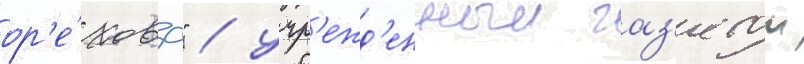
ор'е́хова" / учр'ежд'енныи газ'етои